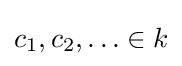
c_{1},c_{2},\ldots \in k